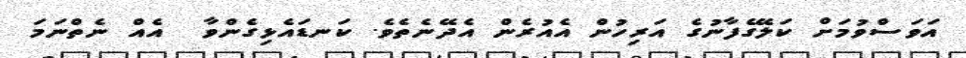
އަވަސްވުމަށް ކަލޭގެފާނުގެ އަރިހުން އެއުރެން އެދޭނެތެވެ. ކަނޑައެޅިގެންވާ  އެއް ނެތްނަމަ